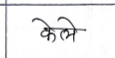
मजकूर: केले